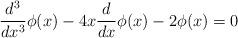
LaTeX: \begin{align*}\frac{d^3}{dx^3} \phi(x) -4x\frac{d}{dx} \phi(x)-2\phi(x)=0\end{align*}